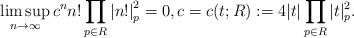
LaTeX: \begin{align*} \limsup_{n \to \infty} c^n n! \prod_{p \in R} \left|n!\right|_p^2 =0, c=c(t;R):=4 |t|\prod_{p \in R} |t|_p^2.\end{align*}